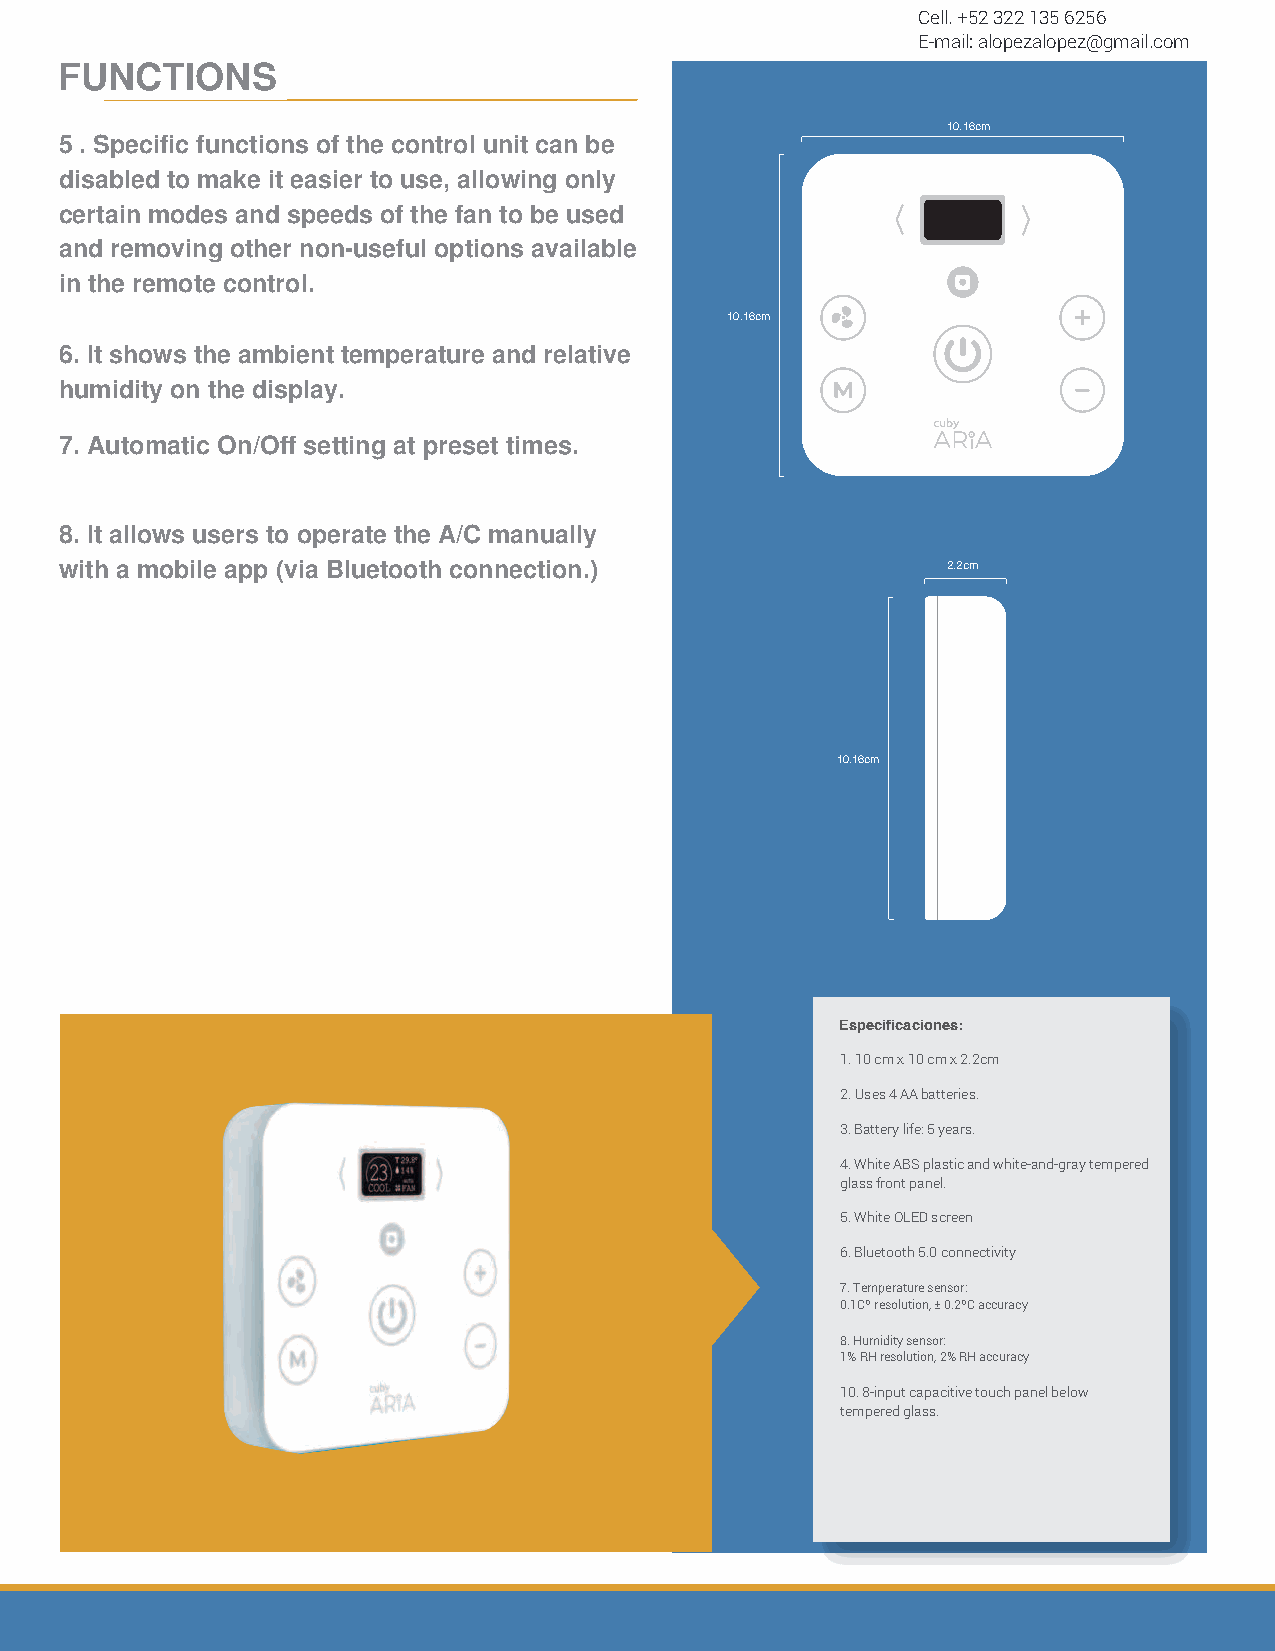
Cell. +52 322 135 6256
 E-mail: alopezalopez@gmail.com
 FFUUNNCCTIOIONNESS
 10.16cm
 55 .. SSpe epcuifeicd efunn dcetsiohnasb iolift athr ec iceortnatsro flu unnciito cnaens be
 del control para que sea mas simple su uso.
 disabled to make it easier to use, allowing only
 Esto permite hacer que solo ciertos modos y
 certain modes and speeds of the fan to be used
 velocidades del ventilador se puedan usar,
 and removing other non-useful options available
 quitando las otras opciones no útiles que
 in the remote control.
 pudiera tener un control remoto.
 10.16cm
 66.. IMt ushesotwras ltah ete ammpbeireantut rtae my pheurmateudrea da nredl arteilvaat ive
 ambiente en la pantalla.
 humidity on the display.
 77.. APruotgormaamtiacc Oiónn/ Odeff esnectteinndgi dato p yr easpeatg taimdoe sp.or
 horarios.
 88.. ICt oanlltorwols m uasneursa lt od eolp Ae/rCa tme ethdeia An/tCe lma aAnpupa lly
 móvil via bluetooth (para los usuarios)
 with a mobile app (via Bluetooth connection.)              2.2cm
 10.16cm
 Especificaciones:
 11.. 1100 ccmm xx 1100 c cmm x x 2 2.2.c2mcm
 22.. UUsseas 4 4 bAaAt ebraíattse rAieAs..
 33.. BDautrtaecryió linfe d: 5e ybeaatresr.ia de 5 años.
 44.. WABhSite c AoBloSr pbllaasntcico a yn dp awnheitle f-raonndta-gl rdaey tempered
 cgrlaisstsa lf rtoenmt pplaandeol. color blanco con gris.
 55.. WPahnittea lOlaL EODL EscDr eceonlor blanco
 66.. BClouneteocottivhi d5a.0d c Bonluneetcotoivthit y5.0
 77.. TSeemnpseorar tduree tseemnspoer:ratura:
 R0.e1sCoº lruecsoiólunt iodne, ±0 0.1.2CºCº, aecxcaucratcityud de ±0.2ºC
 88.. HSuemnisdoitry dseen shourm: edad:
 R1%e sRoHlu recsióonlu tdioen ,1 2%% RHHR a,c ecxuaracctyitud de 2% HR
 1100.. 8P-ainnpeul tt áccatpila cciatipvaec tiotiuvcoh d peabnaejlo b edleolw
 ctermistpael rteedm gplalasdso. de 8 entradas.